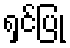
ရှင်ပြု